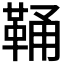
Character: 𩊾